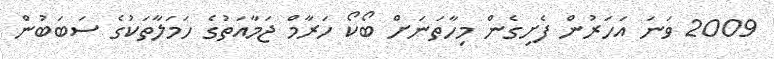
2009 ވަނަ އަހަރުން ފެށިގެން މިހާތަނަށް ބޯކޯ ހަރާމް ޖަމާއަތުގެ ހަމަލާތަކުގެ ސަބަބުން